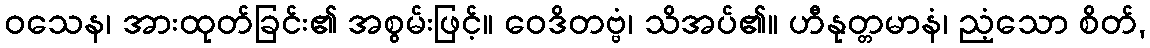
ဝသေန၊ အားထုတ်ခြင်း၏ အစွမ်းဖြင့်။ ဝေဒိတဗ္ဗံ၊ သိအပ်၏။ ဟီနုတ္တမာနံ၊ ညံ့သော စိတ်,